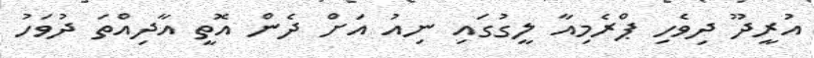
އުރީދޫ ދިވެހި ޕްރެމިއާ ލީގުގައި ނިއު އަށް ދެން އޮތީ އާދިއްތަ ދުވަހު